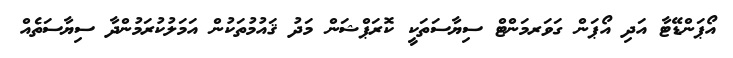
އޯޕަންޑޭޓާ އަދި އޯޕަން ގަވަރމަންޓް ސިޔާސަތަކީ ކޮރަޕްޝަން މަދު ޤައުމުތަކުން އަމަލުކުރަމުންދާ ސިޔާސަތެއް